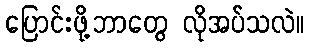
ပြောင်းဖို့ဘာတွေ လိုအပ်သလဲ။